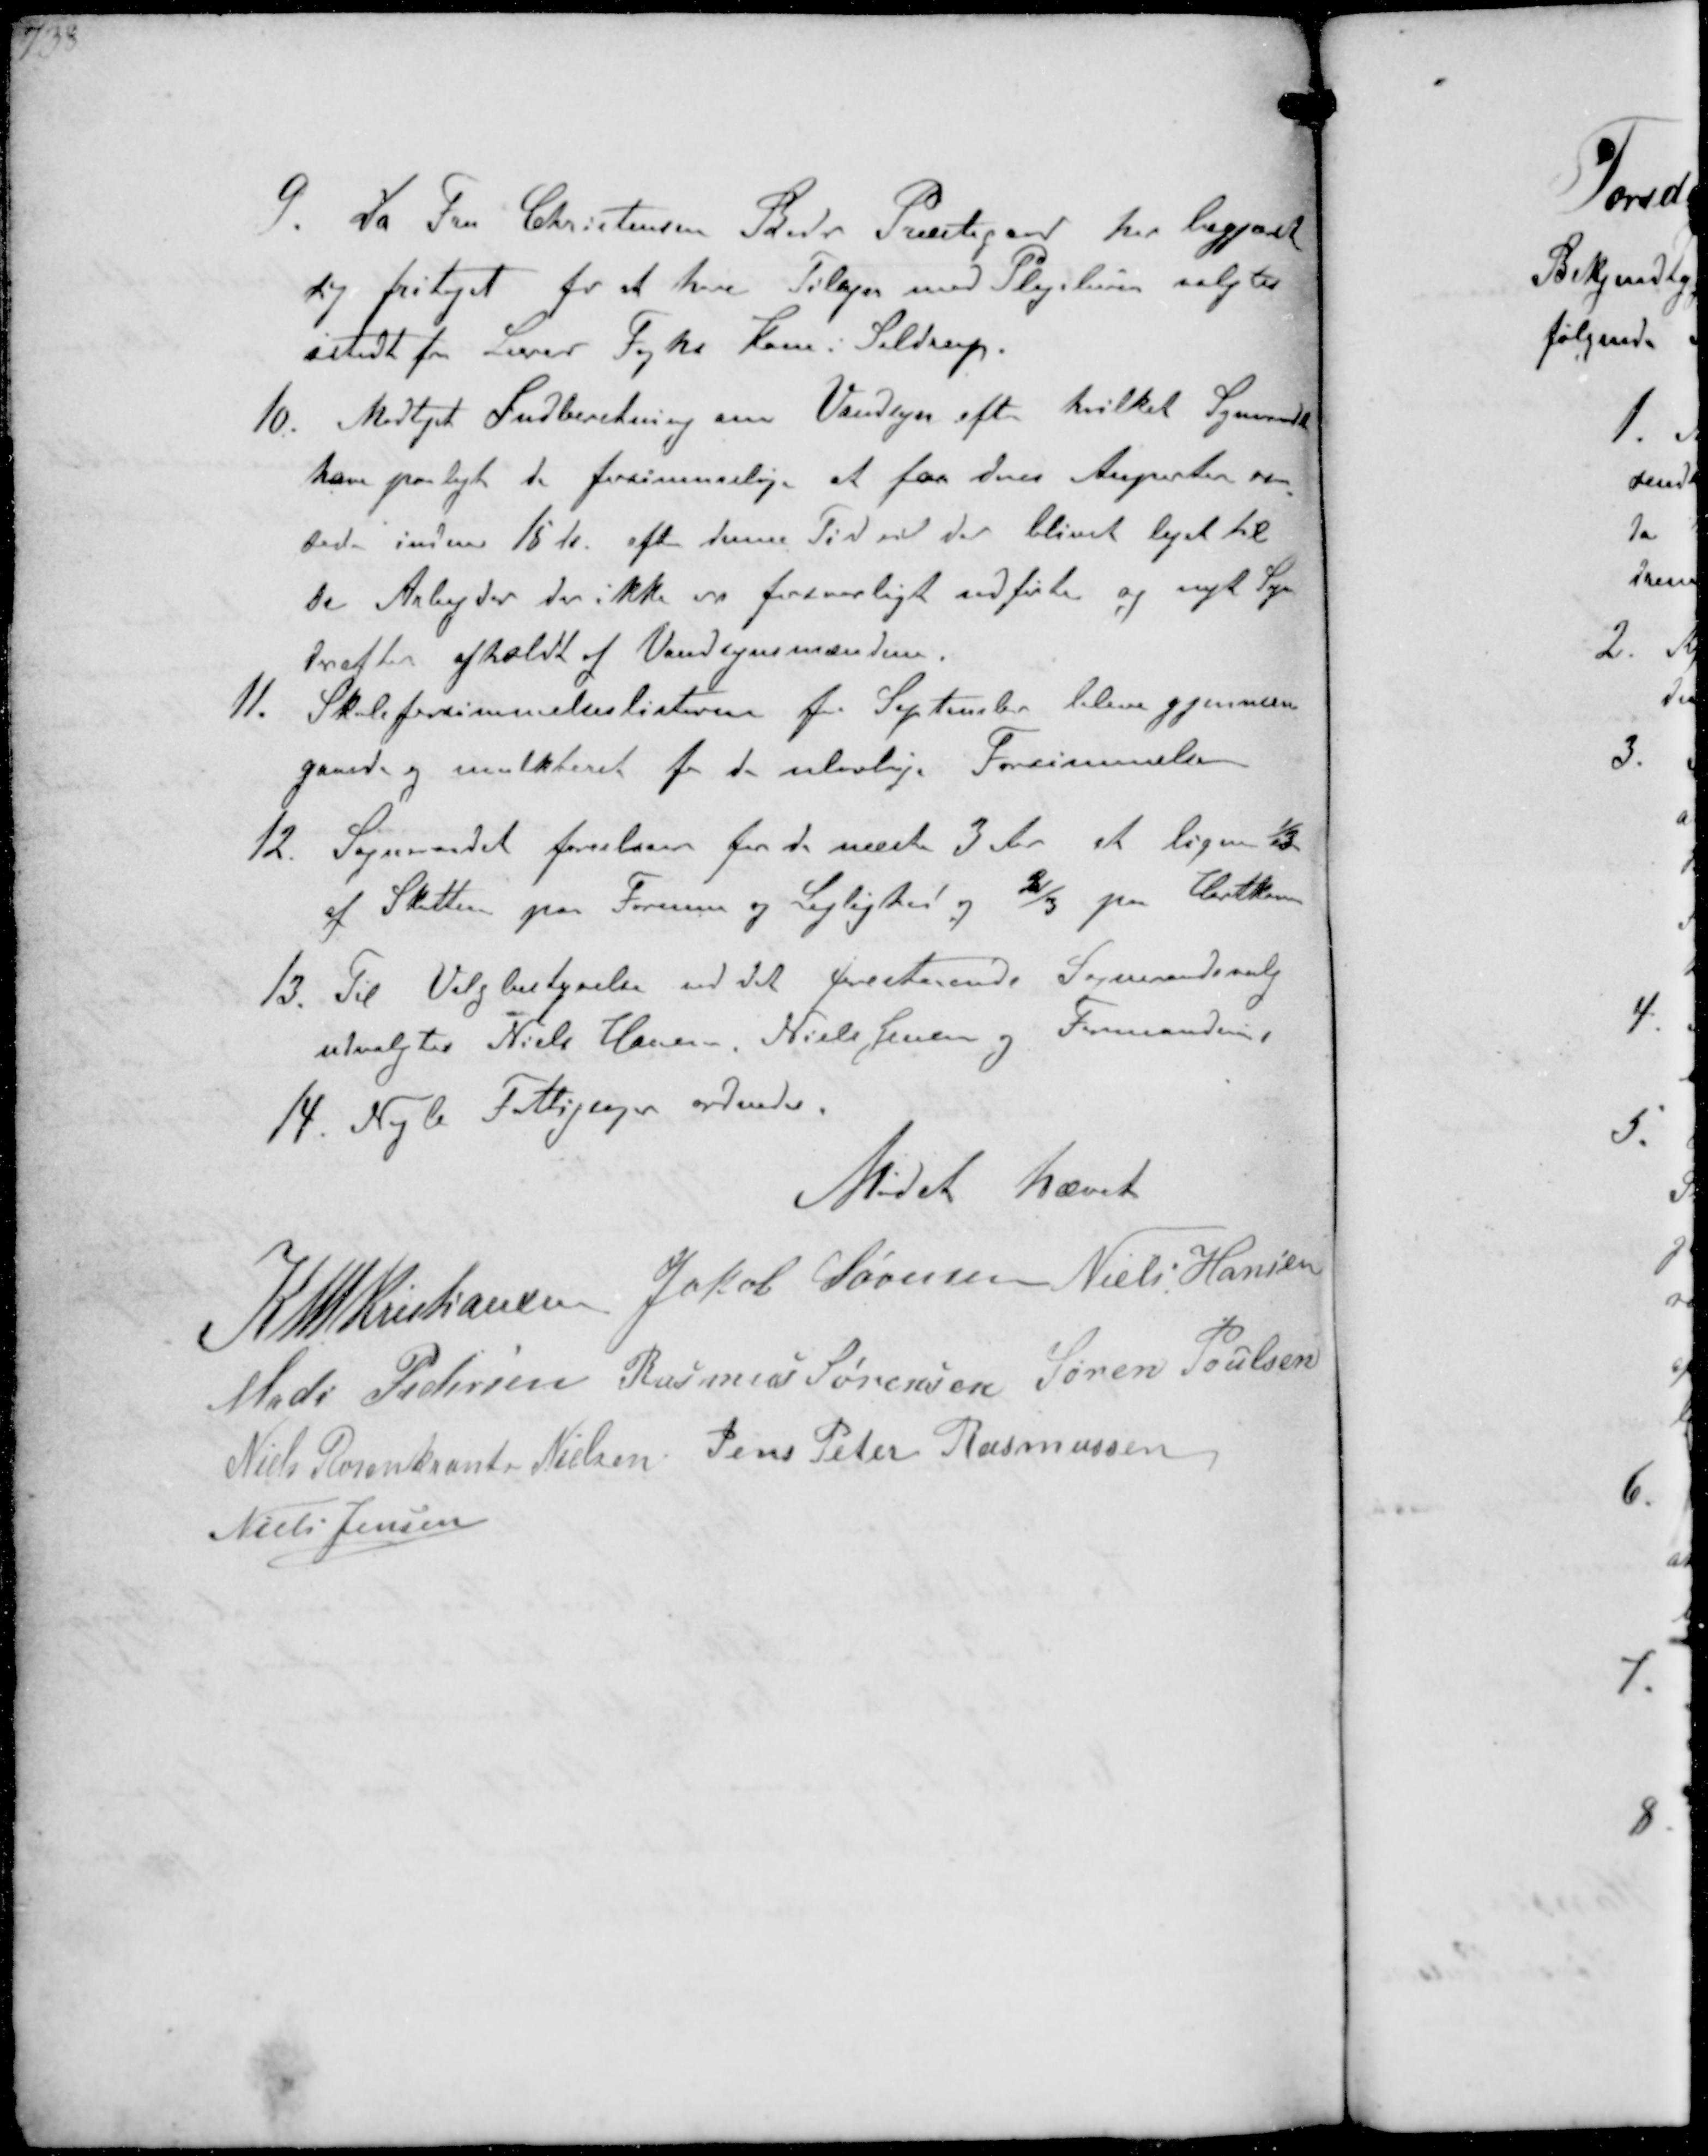
Transskription:
9. do Fru Christensen Beder Præstegaard har begjæret
sig fritaget for at have Tilsyn med Plejebørn valgtes
istedet for Lærer Foghs Kone i Seldrup
10. Modtaget Indberetning om Vandsyn efter hvilket Sogneraadet
have paalagt de forsømmelige at faa dees Anparter ren-
sede inden 15 ds efter denne Tid vil der blivet lejet til
de Arbejder der ikke er forevarligt udførte og nyt Syn
derefter afholdt af Vandsynsmændene.
11. Skoleforsømmelseslisterne for September bleve gjennem
gaaede og mulkteret for de ulovlige Forsømmelser
12. Sogneraadet foreslaar for de næste 3 Aar at ligne 1/3
af Skatten paa Formue og Lejlighed og 2/3 paa Hartkorn
13. Til Valgbestyrelse ved det forestaaende Sogneraadsvalg
udvalgtes Niels Hansen, Niels Jensen og Formanden,
14. Nogle Fattigsager ordnedes
Mødet hævet
K N M Kristiansen Jakob Sørersen Niels Hansen
Mads Pedersen Rasmus Sørensen Søren Poulsen
Niels Rosenkrands Nielsen Jens Peter Rasmussen
Niels Jensen